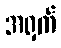
အရှက်